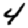
Digit: 4